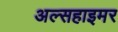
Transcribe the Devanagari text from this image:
अल्सहाइमर